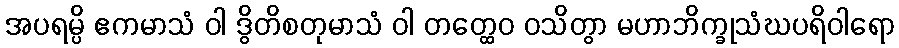
အပရမ္ပိ ဧကမာသံ ဝါ ဒွိတိစတုမာသံ ဝါ တတ္ထေဝ ဝသိတွာ မဟာဘိက္ခုသံဃပရိဝါရော